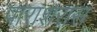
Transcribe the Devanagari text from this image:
पाराशरास